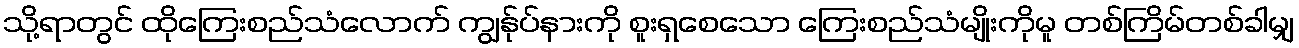
သို့ရာတွင် ထိုကြေးစည်သံလောက် ကျွန်ုပ်နားကို စူးရှစေသော ကြေးစည်သံမျိုးကိုမူ တစ်ကြိမ်တစ်ခါမျှ